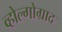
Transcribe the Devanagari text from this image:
व्होल्गोग्राद